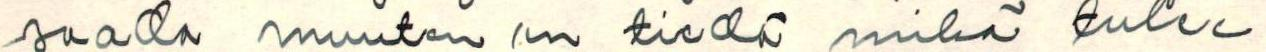
saada muuten en tiedä mikä tulee